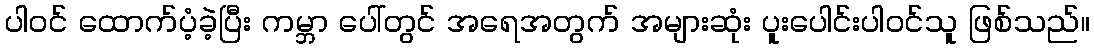
ပါဝင် ထောက်ပံ့ခဲ့ပြီး ကမ္ဘာ ပေါ်တွင် အရေအတွက် အများဆုံး ပူးပေါင်းပါဝင်သူ ဖြစ်သည်။